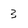
Character: 3